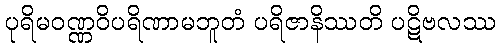
ပုရိမဝဏ္ဏဝိပရိဏာမဘူတံ ပရိဇာနိဿတိ ပဋိဗလဿ